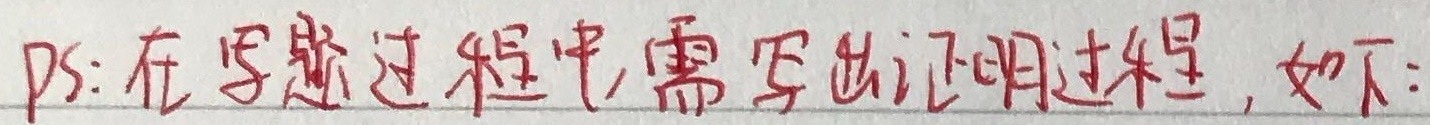
PS: 在写题过程中,需写出证明过程, 如下: